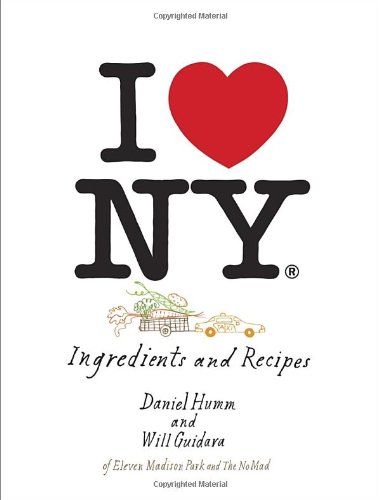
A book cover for I Love New York: Ingredients and Recipes; Daniel Humm; Cookbooks, Food & Wine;